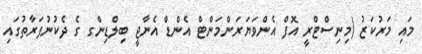
މައި މަރުކަޒު (މިނިސްޓްރީ އޮފް އެންވަޔަރަންމަންޓް އެންޑް އެނާޖީ ބިލްޑިންގ ގެ ދެކުނުފަރާތުގައި